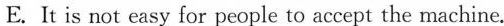
E. It is not easy for people to accept the machine.